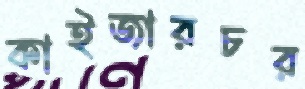
কাইজারচর